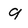
Character: 9